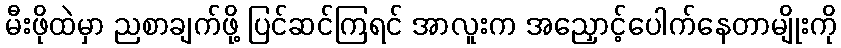
မီးဖိုထဲမှာ ညစာချက်ဖို့ ပြင်ဆင်ကြရင် အာလူးက အညှောင့်ပေါက်နေတာမျိုးကို